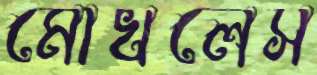
মোখলেস